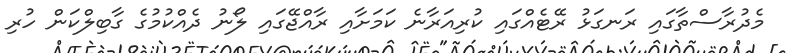
މެދުރާސްތާގައި ރަނގަޅު ރޭޓެއްގައި ކުރިއަރާނެ ކަމަށާއި ރާއްޖޭގައި ލޯނު ދެއްކުމުގެ ގާބިލްކަން ހުރި